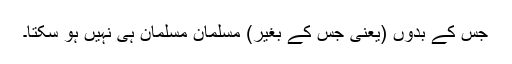
جس کے بدوں (یعنی جس کے بغیر) مسلمان مسلمان ہی نہیں ہو سکتا۔